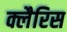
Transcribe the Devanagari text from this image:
क्लैरिस